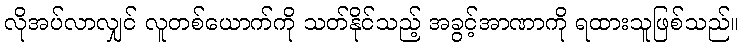
လိုအပ်လာလျှင် လူတစ်ယောက်ကို သတ်နိုင်သည့် အခွင့်အာဏာကို ရထားသူဖြစ်သည်။